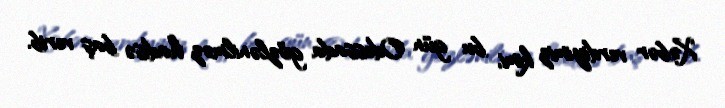
Xəbər verdiyimiz kimi, bu gün Odessada gözlənilməz hadisə baş verib.